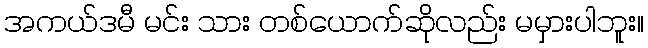
အကယ်ဒမီ မင်း သား တစ်ယောက်ဆိုလည်း မမှားပါဘူး။